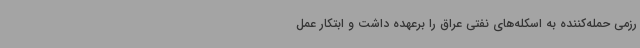
رزمی حمله‌کننده به اسکله‌های نفتی عراق را برعهده داشت و ابتکار عمل